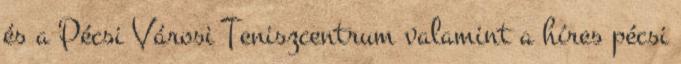
és a Pécsi Városi Teniszcentrum valamint a híres pécsi